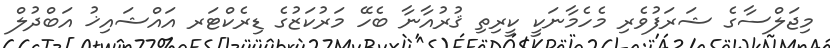
މިޖަލްސާގެ ޝަރަފުވެރި މެހެމާނަކީ ކީރިތި ޤުރުއާނާ ބެހޭ މަރުކަޒުގެ ޑިރެކްޓަރ އައްޝައިޚު އަބްދުލް